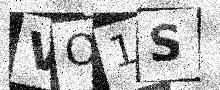
Text: VO1S